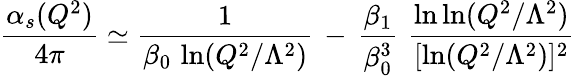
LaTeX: \frac{\alpha_{s}(Q^{2})}{4\pi}\simeq\frac{1}{\beta_{0}\, \ln(Q^{2}/\Lambda^{2})}\, -\, \frac{\beta_{1}}{\beta_{0}^{3}}\, \, \frac{\ln\ln(Q^{2}/\Lambda^{2})}{[\ln(Q^{2}/\Lambda^{2})]^{2}}